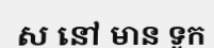
ស នៅ មាន ទូក